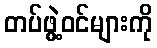
တပ်ဖွဲ့ဝင်များကို